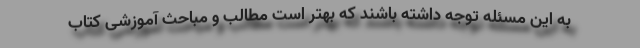
به این مسئله توجه داشته باشند که بهتر است مطالب و مباحث آموزشی کتاب